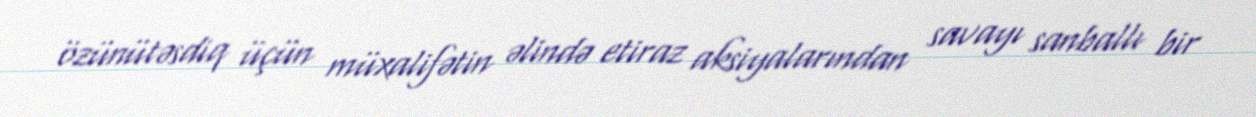
özünütəsdiq üçün müxalifətin əlində etiraz aksiyalarından savayı sanballı bir